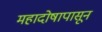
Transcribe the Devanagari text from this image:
महादोषापासून